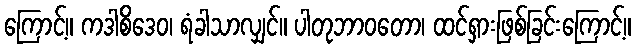
ကြောင့်။ ကဒါစိဒေဝ၊ ရံခါသာလျှင်။ ပါတုဘာဝတော၊ ထင်ရှားဖြစ်ခြင်းကြောင့်။